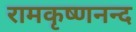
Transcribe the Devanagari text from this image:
रामकृष्णनन्द